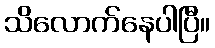
သိလောက်နေပါပြီ။